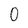
Character: 0